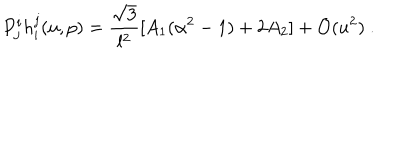
LaTeX: P _ { j } ^ { i } h _ { i } ^ { j } ( u , p ) = \frac { \sqrt { 3 } } { l ^ { 2 } } [ A _ { 1 } ( \alpha ^ { 2 } - 1 ) + 2 A _ { 2 } ] + \mathcal { O } ( u ^ { 2 } ) ~ .